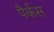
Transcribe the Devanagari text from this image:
पैर्कस